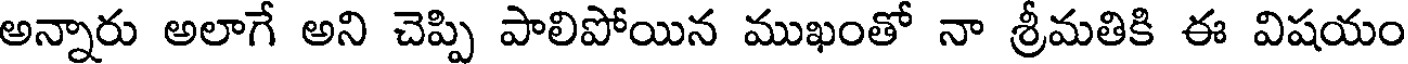
అన్నారు అలాగే అని చెప్పి పాలిపోయిన ముఖంతో నా శ్రీమతికి ఈ విషయం